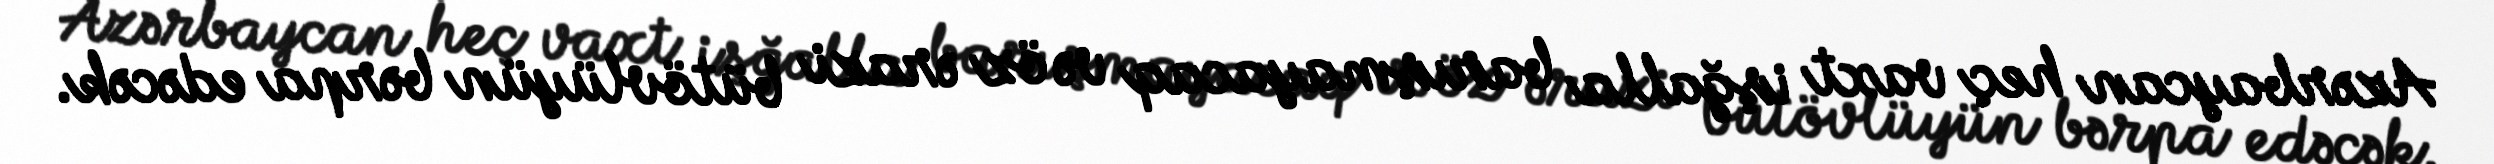
Azərbaycan heç vaxt işğalla barışmayacaq və öz ərazi bütövlüyün bərpa edəcək.